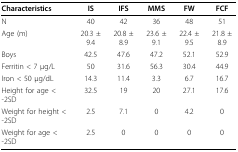
<table><thead><tr><td><b>Characteristics</b></td><td><b>IS</b></td><td><b>IFS</b></td><td><b>MMS</b></td><td><b>FW</b></td><td><b>FCF</b></td></tr></thead><tbody><tr><td>N</td><td>40</td><td>42</td><td>36</td><td>48</td><td>51</td></tr><tr><td>Age (m)</td><td>20.3 ± 9.4</td><td>20.8 ± 8.9</td><td>23.6 ± 9.1</td><td>22.4 ± 9.5</td><td>21.8 ± 8.9</td></tr><tr><td>Boys</td><td>42.5</td><td>47.6</td><td>47.2</td><td>52.1</td><td>52.9</td></tr><tr><td>Ferritin &lt; 7 μg/L</td><td>50</td><td>31.6</td><td>56.3</td><td>30.4</td><td>44.9</td></tr><tr><td>Iron &lt; 50 μg/dL</td><td>14.3</td><td>11.4</td><td>3.3</td><td>6.7</td><td>16.7</td></tr><tr><td>Height for age &lt; -2SD</td><td>32.5</td><td>19</td><td>20</td><td>27.1</td><td>17.6</td></tr><tr><td>Weight for height &lt; -2SD</td><td>2.5</td><td>7.1</td><td>0</td><td>4.2</td><td>0</td></tr><tr><td>Weight for age &lt; -2SD</td><td>2.5</td><td>0</td><td>0</td><td>0</td><td>0</td></tr></tbody></table>